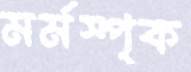
মর্মস্পৃক